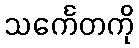
သင်္ကေတကို